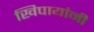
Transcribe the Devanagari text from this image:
खिपायांनी